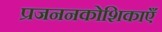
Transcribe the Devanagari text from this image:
प्रजननकोशिकाएँ